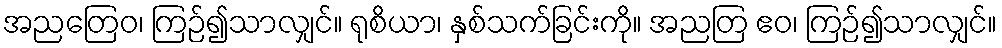
အညတြေဝ၊ ကြဉ်၍သာလျှင်။ ရုစိယာ၊ နှစ်သက်ခြင်းကို။ အညတြ ဧဝ၊ ကြဉ်၍သာလျှင်။